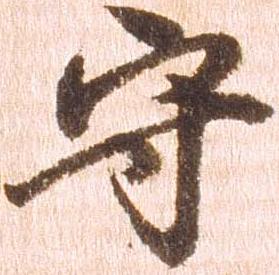
守